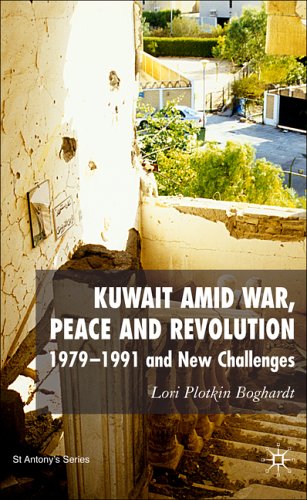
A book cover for Kuwait Amid War, Peace and Revolution: 1979-1991 and New Challenges (St Antony's Series); Lori Plotkin Boghardt; History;